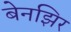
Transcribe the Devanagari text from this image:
बेनझिर